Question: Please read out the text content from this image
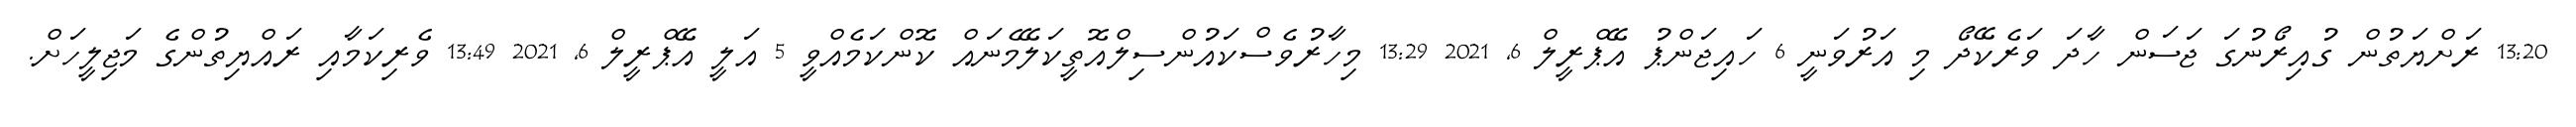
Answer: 13:20 ރަށްޔަތުން ގުއިރޯނުގަ ޖަސަން ހާދަ ވަރެކޭދޯ މި އަރުވަނީ 6 ހައިޖަންޕު އޭޕްރީލް 6, 2021 13:29 މިހާރުވެސްކައުންސިލްއޮތީކަލޭމެނައް ކޮންކަމެއްވީ 5 އަލީ އޭޕްރީލް 6, 2021 13:49 ވެރިކަމާއި ރައްޔިތުންގެ މަޖިލީހަށް.